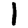
Digit: 1